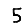
Digit: 5